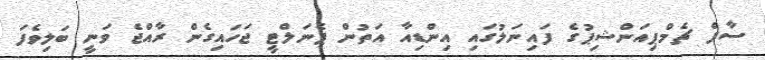
ސާފް ޗެމްޕިއަންޝިޕުގެ ފައިނަލުގައި އިންޑިއާ އަތުން ޕެނަލްޓީ ޖަހައިގެން ރާއްޖެ ވަނީ ބަލިވެފަ